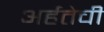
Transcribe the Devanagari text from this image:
अर्हतेची